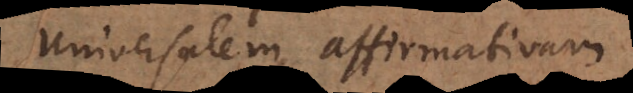
universali affirmativa